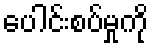
ပေါင်းစပ်မှုကို